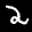
Label: 2